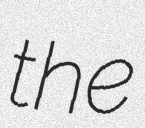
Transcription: the